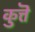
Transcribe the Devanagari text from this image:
कुत्तॆ